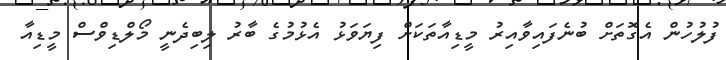
ފުލުހުން އެގޮތަށް ބުނެފައިވާއިރު މީޑިއާތަކަށް ފިޔަވަޅު އެޅުމުގެ ބާރު ލިބިދެނީ މޯލްޑިވްސް މީޑިއާ